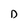
Character: D